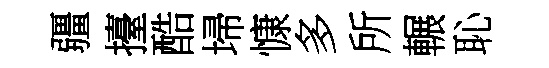
疆擡酷埽慷多所輾恥